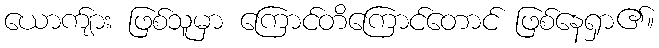
ယောက်ျား ဖြစ်သူမှာ ကြောင်တိကြောင်တောင် ဖြစ်နေရှာ၏။